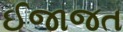
ઈજાજત